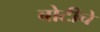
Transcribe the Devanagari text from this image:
बोटीचे